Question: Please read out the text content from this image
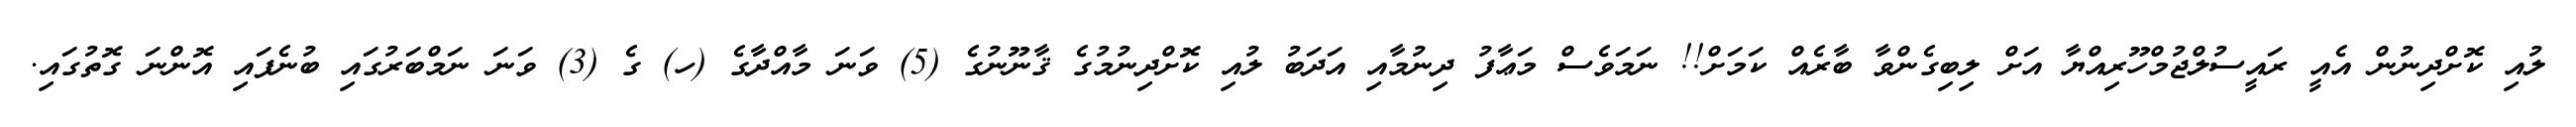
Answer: ލުއި ކޮށްދިނުން އެއީ ރައީސުލްޖުމްހޫރިއްޔާ އަށް ލިބިގެންވާ ބާރެއް ކަމަށް!! ނަމަވެސް މަޢާފު ދިނުމާއި އަދަބު ލުއި ކޮށްދިނުމުގެ ޤާނޫނުގެ (5) ވަނަ މާއްދާގެ (ހ) ގެ (3) ވަނަ ނަމްބަރުގައި ބުނެފައި އޮންނަ ގޮތުގައި.